Report on lock hospitals in British Burma
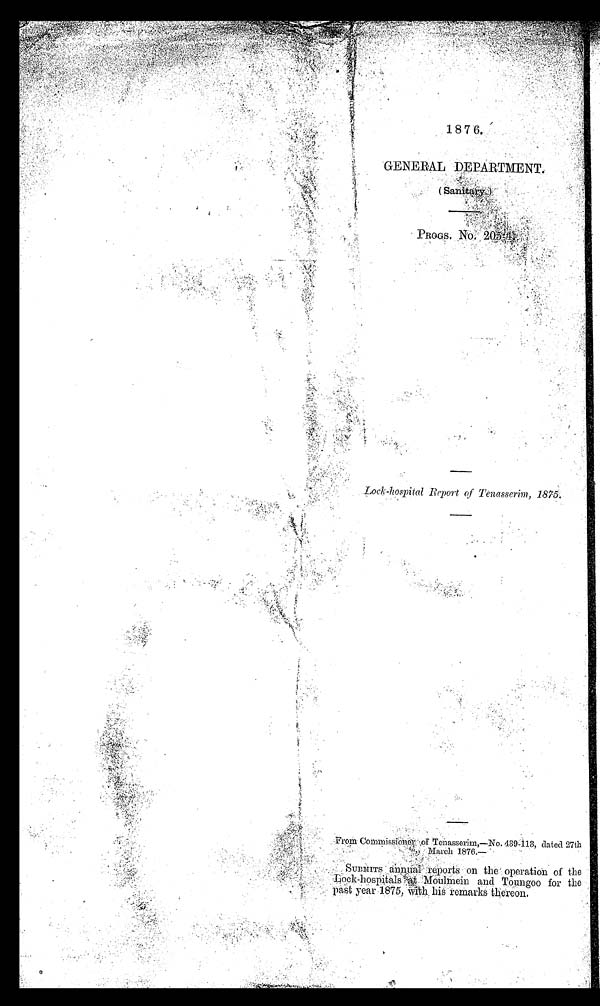
1876,
GENERAL DEPARTMENT.
(Sanitary.)
PROGS. No. 205-4.
Lock-hospital Report of Tenasserim, 1875.
From Commissioner of Tenasserim,—No. 439-113, dated 27th
March 1876.—
SUBMITS
annual reports on the operation of the
Lock-hospi t al s at Moul mei n and Toungoo for t he
past year 1875, With his remarks thereon.